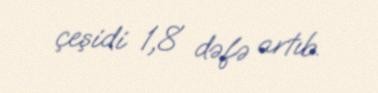
çeşidi 1,8 dəfə artıb.